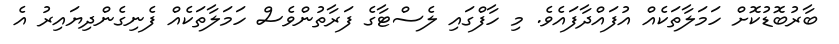
ބާރުބޮޑުކޮށް ހަމަލާތަކެއް އުފައްދާފައެވެ. މި ހާފްގައި ލެސްޓާގެ ފަރާތުންވެސް ހަމަލާތަކެއް ފެނިގެންދިޔައިރު އެ